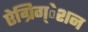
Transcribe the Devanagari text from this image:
ऐग्रिग्‌ेशन